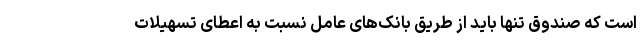
است که صندوق تنها باید از طریق بانک‌های عامل نسبت به اعطای تسهیلات